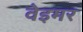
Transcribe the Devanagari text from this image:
वेइमर